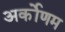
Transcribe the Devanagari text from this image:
अर्कोणम